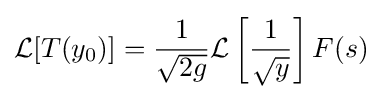
{\mathcal {L}}[T(y_{0})]={\frac {1}{\sqrt {2g}}}{\mathcal {L}}\left[{\frac {1}{\sqrt {y}}}\right]F(s)